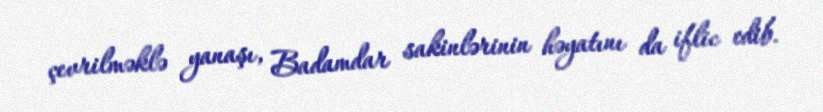
çevrilməklə yanaşı, Badamdar sakinlərinin həyatını da iflic edib.